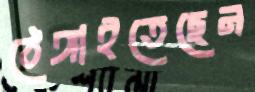
ঠেঙ্গাইতেছেন